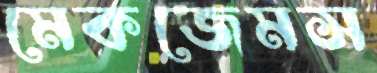
মেকজেমস